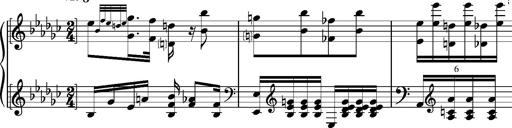
Title: Glasgow fragment, S.701f
Composer: Franz Liszt
Key: E-flat minor